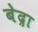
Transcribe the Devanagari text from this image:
बेद्रा